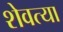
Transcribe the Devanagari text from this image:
शेवत्या